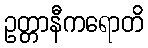
ဥတ္တာနီကရောတိ